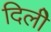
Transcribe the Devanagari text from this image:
दिलीे